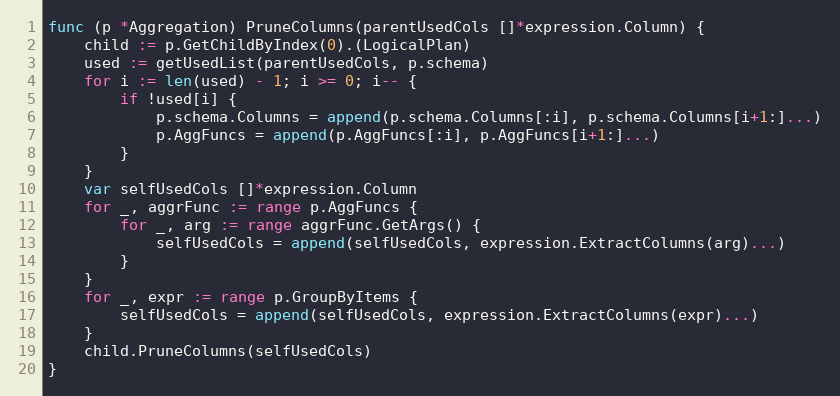
Language: Go
func (p *Aggregation) PruneColumns(parentUsedCols []*expression.Column) {
	child := p.GetChildByIndex(0).(LogicalPlan)
	used := getUsedList(parentUsedCols, p.schema)
	for i := len(used) - 1; i >= 0; i-- {
		if !used[i] {
			p.schema.Columns = append(p.schema.Columns[:i], p.schema.Columns[i+1:]...)
			p.AggFuncs = append(p.AggFuncs[:i], p.AggFuncs[i+1:]...)
		}
	}
	var selfUsedCols []*expression.Column
	for _, aggrFunc := range p.AggFuncs {
		for _, arg := range aggrFunc.GetArgs() {
			selfUsedCols = append(selfUsedCols, expression.ExtractColumns(arg)...)
		}
	}
	for _, expr := range p.GroupByItems {
		selfUsedCols = append(selfUsedCols, expression.ExtractColumns(expr)...)
	}
	child.PruneColumns(selfUsedCols)
}